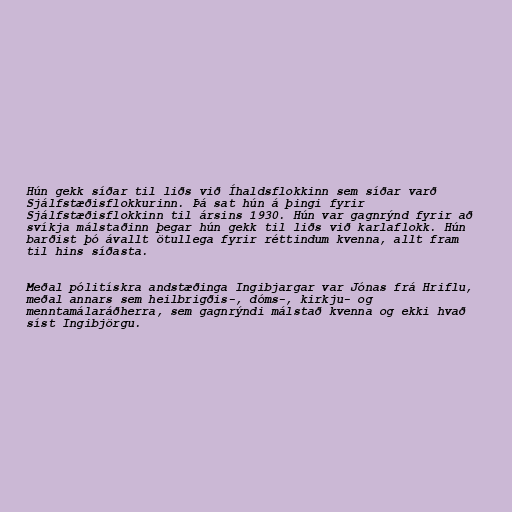
Hún gekk síðar til liðs við Íhaldsflokkinn sem síðar varð
Sjálfstæðisflokkurinn. Þá sat hún á þingi fyrir
Sjálfstæðisflokkinn til ársins 1930. Hún var gagnrýnd fyrir að
svíkja málstaðinn þegar hún gekk til liðs við karlaflokk. Hún
barðist þó ávallt ötullega fyrir réttindum kvenna, allt fram
til hins síðasta.

Meðal pólitískra andstæðinga Ingibjargar var Jónas frá Hriflu,
meðal annars sem heilbrigðis-, dóms-, kirkju- og
menntamálaráðherra, sem gagnrýndi málstað kvenna og ekki hvað
síst Ingibjörgu.